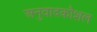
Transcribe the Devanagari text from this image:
अनुवादकौशल